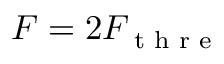
F = 2 F _ { \textrm { t h r e } }